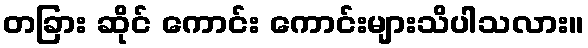
တခြား ဆိုင် ကောင်း ကောင်းများသိပါသလား။